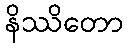
နိဿိတော